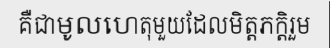
គឺជាមូលហេតុមួយដែលមិត្តភក្តិរួម